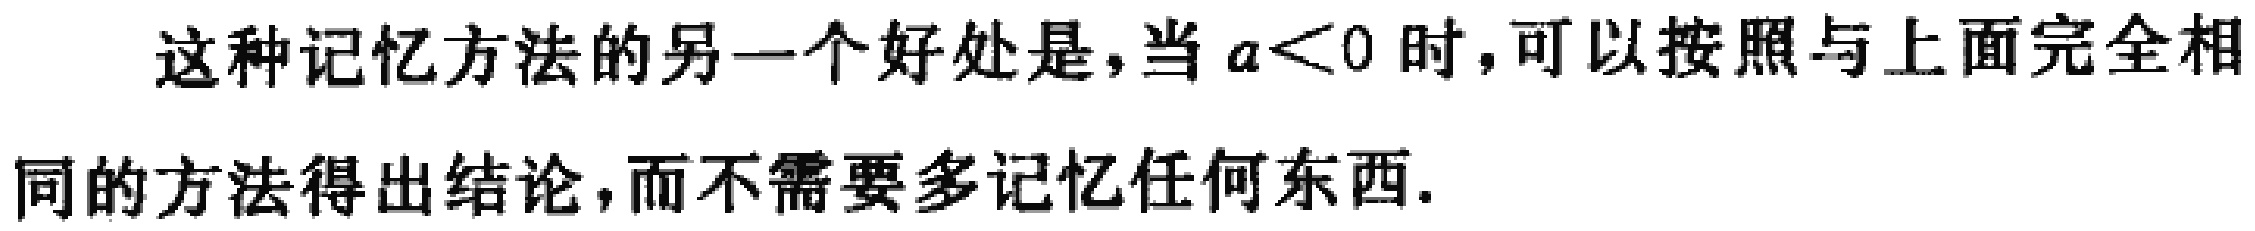
这种记忆方法的另一个好处是，当 \(a<0\) 时，可以按照与上面完全相同的方法得出结论，而不需要多记忆任何东西.